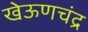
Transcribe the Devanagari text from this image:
खेऊणचंद्र